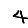
Digit: 4